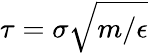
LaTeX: \tau=\sigma\sqrt{m/\epsilon}